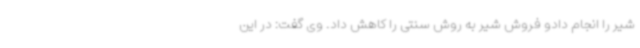
شیر را انجام دادو فروش شیر به روش سنتی را کاهش داد. وی گفت: در این